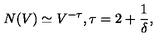
N ( V ) \simeq V ^ { - \tau } , \tau = 2 + \frac { 1 } { \delta } ,